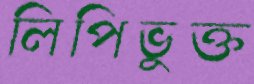
লিপিভুক্ত